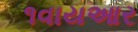
૧વાયઆર